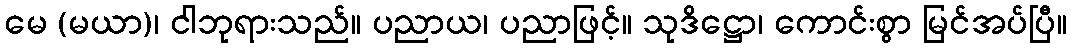
မေ (မယာ)၊ ငါဘုရားသည်။ ပညာယ၊ ပညာဖြင့်။ သုဒိဋ္ဌော၊ ကောင်းစွာ မြင်အပ်ပြီ။